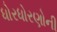
ધોરધોરણોની